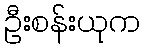
ဦးစန်းယုက